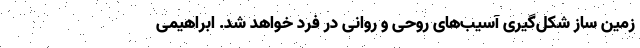
زمین ساز شکل‌گیری آسیب‌های روحی و روانی در فرد خواهد شد. ابراهیمی